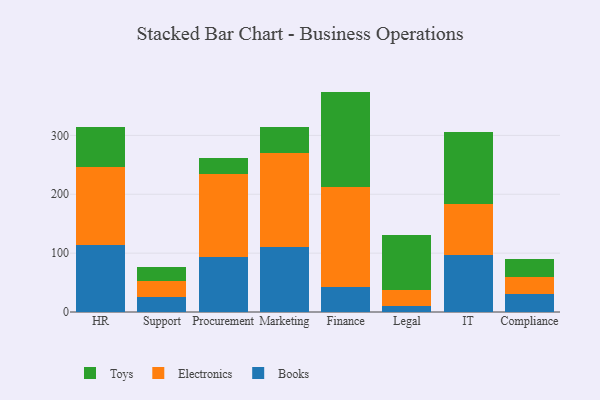
{"axis": {"x": "Department", "y": "Waste Production (Tons)"}, "legend": ["Books", "Electronics", "Toys"], "data": [{"x": "HR", "y": 113.1, "type": "Books"}, {"x": "HR", "y": 132.4, "type": "Electronics"}, {"x": "HR", "y": 69.6, "type": "Toys"}, {"x": "Support", "y": 24.7, "type": "Books"}, {"x": "Support", "y": 28.1, "type": "Electronics"}, {"x": "Support", "y": 23.4, "type": "Toys"}, {"x": "Procurement", "y": 92.8, "type": "Books"}, {"x": "Procurement", "y": 142.0, "type": "Electronics"}, {"x": "Procurement", "y": 26.4, "type": "Toys"}, {"x": "Marketing", "y": 110.8, "type": "Books"}, {"x": "Marketing", "y": 158.7, "type": "Electronics"}, {"x": "Marketing", "y": 44.5, "type": "Toys"}, {"x": "Finance", "y": 41.9, "type": "Books"}, {"x": "Finance", "y": 169.9, "type": "Electronics"}, {"x": "Finance", "y": 162.6, "type": "Toys"}, {"x": "Legal", "y": 11.0, "type": "Books"}, {"x": "Legal", "y": 26.8, "type": "Electronics"}, {"x": "Legal", "y": 93.7, "type": "Toys"}, {"x": "IT", "y": 97.3, "type": "Books"}, {"x": "IT", "y": 85.5, "type": "Electronics"}, {"x": "IT", "y": 123.2, "type": "Toys"}, {"x": "Compliance", "y": 30.7, "type": "Books"}, {"x": "Compliance", "y": 29.6, "type": "Electronics"}, {"x": "Compliance", "y": 29.3, "type": "Toys"}]}